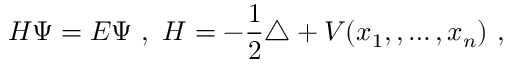
H \Psi = E \Psi \ , \ H = - \frac { 1 } { 2 } \triangle + V ( x _ { 1 } , , \ldots , x _ { n } ) \ ,